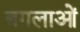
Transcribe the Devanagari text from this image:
बगलाओं